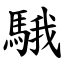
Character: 騀